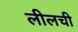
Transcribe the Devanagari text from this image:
लीलची